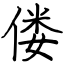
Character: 偻